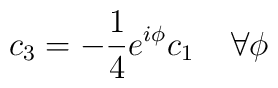
c_{3}=-\frac{1}{4}e^{i\phi }c_{1}\; \; \; \; \forall \phi